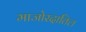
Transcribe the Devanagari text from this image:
माजोरदातिल